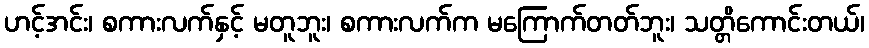
ဟင့်အင်း၊ စကားလက်နှင့် မတူဘူး၊ စကားလက်က မကြောက်တတ်ဘူး၊ သတ္တိကောင်းတယ်၊